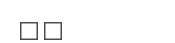
٥٩